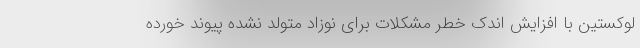
لوکستین با افزایش اندک خطر مشکلات برای نوزاد متولد نشده پیوند خورده